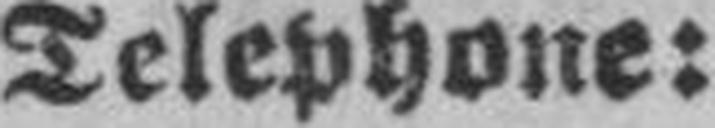
Telephone: